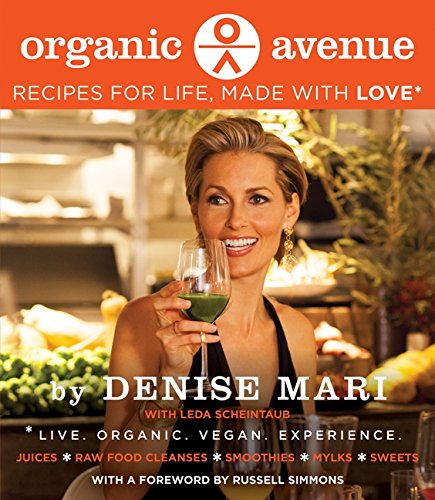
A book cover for Organic Avenue: Recipes for Life, Made with LOVE*; Denise Mari; Cookbooks, Food & Wine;